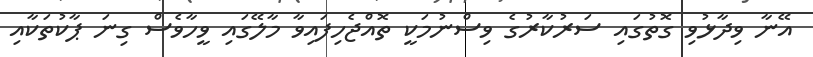
އޭނާ ވިދާޅުވި ގޮތުގައި ސަރުކާރުގެ ވިސްނުމަކީ ތޮއްޖެހިފައިވާ މާލޭގައި ވީހާވެސް ގިނަ ޕާކުތަކާއި